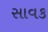
સાવક